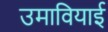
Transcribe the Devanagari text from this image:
उमावियाई